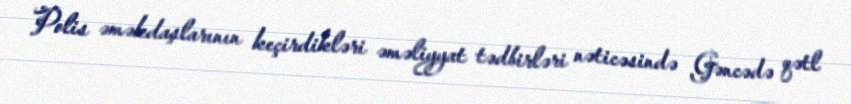
Polis əməkdaşlarının keçirdikləri əməliyyat tədbirləri nəticəsində Gəncədə qətl